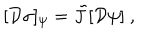
LaTeX: [ { \cal D } \sigma ] _ { \psi } = \tilde { J } [ { \cal D } \psi ] \ ,